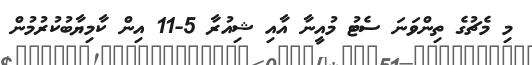
މި މެޗުގެ ތިންވަނަ ސެޓު މުއީނާ އާއި ޝިއުރާ 5-11 އިން ކާމިޔާބުކުރުމުން